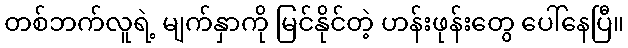
တစ်ဘက်လူရဲ့ မျက်နှာကို မြင်နိုင်တဲ့ ဟန်းဖုန်းတွေ ပေါ်နေပြီ။